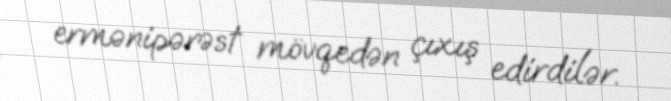
ermənipərəst mövqedən çıxış edirdilər.